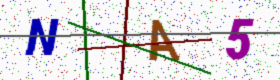
Text: NA5